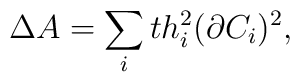
\Delta  A=\sum _{i}th_{i}^{2}(\partial C_{i})^{2},